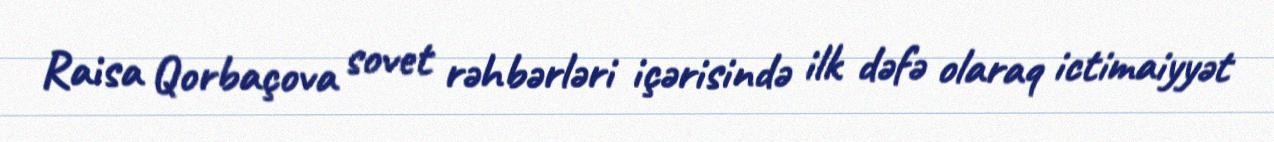
Raisa Qorbaçova sovet rəhbərləri içərisində ilk dəfə olaraq ictimaiyyət